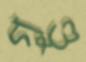
গণ্ডু